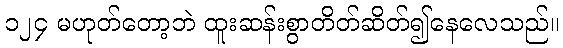
၁၂၄ မဟုတ်တော့ဘဲ ထူးဆန်းစွာတိတ်ဆိတ်၍နေလေသည်။